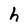
Character: h